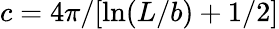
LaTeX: c=4\pi/[\ln(L/b)+1/2]